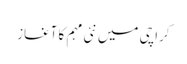
کراچی میں نئی مہم کا آغاز